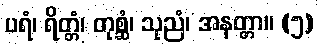
ပရံ၊ ရိတ္တံ၊ တုစ္ဆံ၊ သုညံ၊ အနတ္တာ။ (၅)